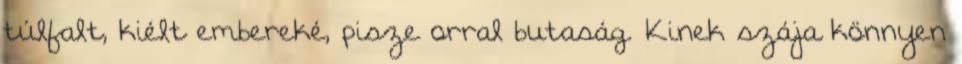
túlfalt, kiélt embereké, pisze orral butaság. Kinek szája könnyen